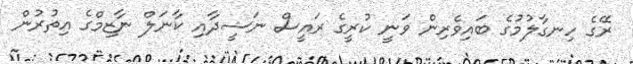
ރޭގެ ހިނގާލުމުގެ ބައިވެރިން ވަނީ ކުރީގެ ރައީސް ނަޝީދާއި ކާނަލް ނާޒިމްގެ އިތުރުން